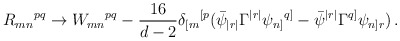
\begin{align*}R_{mn}{}^{pq} \rightarrow W_{mn}{}^{pq} - \frac{16}{d-2}\delta_{[m}{}^{[p}(\bar\psi_{|r|}\Gamma^{|r|}\psi_{n]}{}^{q]}- \bar\psi^{|r|}\Gamma^{q]}\psi_{n]r}) \, .\end{align*}